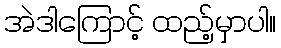
အဲဒါကြောင့် ထည့်မှာပါ။